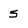
Character: 5